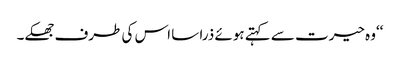
‘‘وہ حیرت سے کہتے ہوئے ذرا سا اس کی طرف جھکے۔